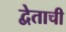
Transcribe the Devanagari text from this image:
द्वेताची